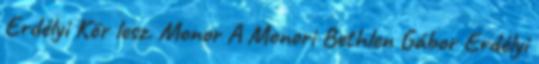
Erdélyi Kör lesz. Monor A Monori Bethlen Gábor Erdélyi